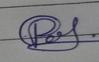
Signature authenticity: forged